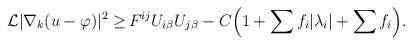
LaTeX: \begin{align*}\begin{aligned} \mathcal{L} |\nabla_k (u - \varphi)|^2 \geq \,& F^{ij} U_{i \beta} U_{j \beta} - C \Big(1 + \sum f_i |\lambda_i| + \sum f_i\Big).\end{aligned}\end{align*}